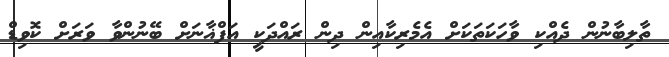
ތާލިބާނުން ދެއްކި ވާހަކަތަކަށް އެމެރިކާއިން ދިން ރައްދަކީ އަފްޣާނަށް ބޭނުންވާ ވަރަށް ކޮވިޑް